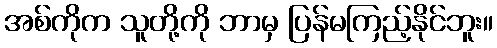
အစ်ကိုက သူတို့ကို ဘာမှ ပြန်မကြည့်နိုင်ဘူး။